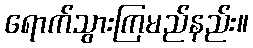
ရောက်သွားကြမည်နည်း။